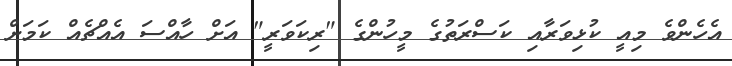
އެހެންވެ މިއީ ކުޅިވަރާއި ކަސްރަތުގެ މީހުންގެ "ރިކަވަރީ" އަށް ހާއްސަ އެއްޗެއް ކަމަށް